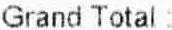
GRAND TOTAL: